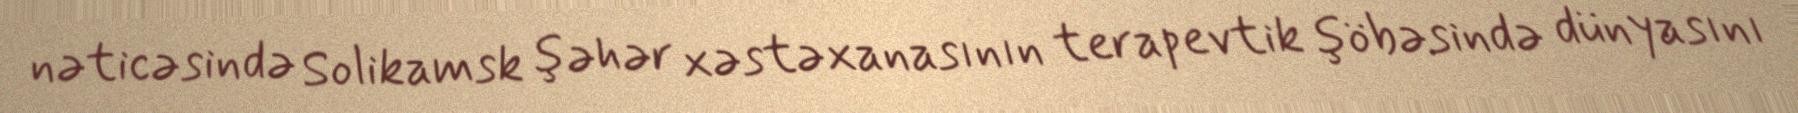
nəticəsində Solikamsk şəhər xəstəxanasının terapevtik şöbəsində dünyasını